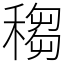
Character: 䅳